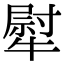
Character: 犚